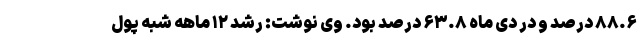
۸۸.۶ درصد و در دی ماه ۶۳.۸ درصد بود. وی نوشت: رشد ۱۲ ماهه شبه پول